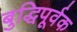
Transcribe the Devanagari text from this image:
बुद्धिपूर्वक